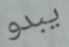
يبدو